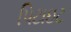
પિટાઇટ